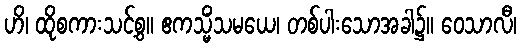
ဟိ၊ ထိုစကားသင့်စွ။ ဧကသ္မိံသမယေ၊ တစ်ပါးသောအခါ၌။ ဝေသာလီ၊